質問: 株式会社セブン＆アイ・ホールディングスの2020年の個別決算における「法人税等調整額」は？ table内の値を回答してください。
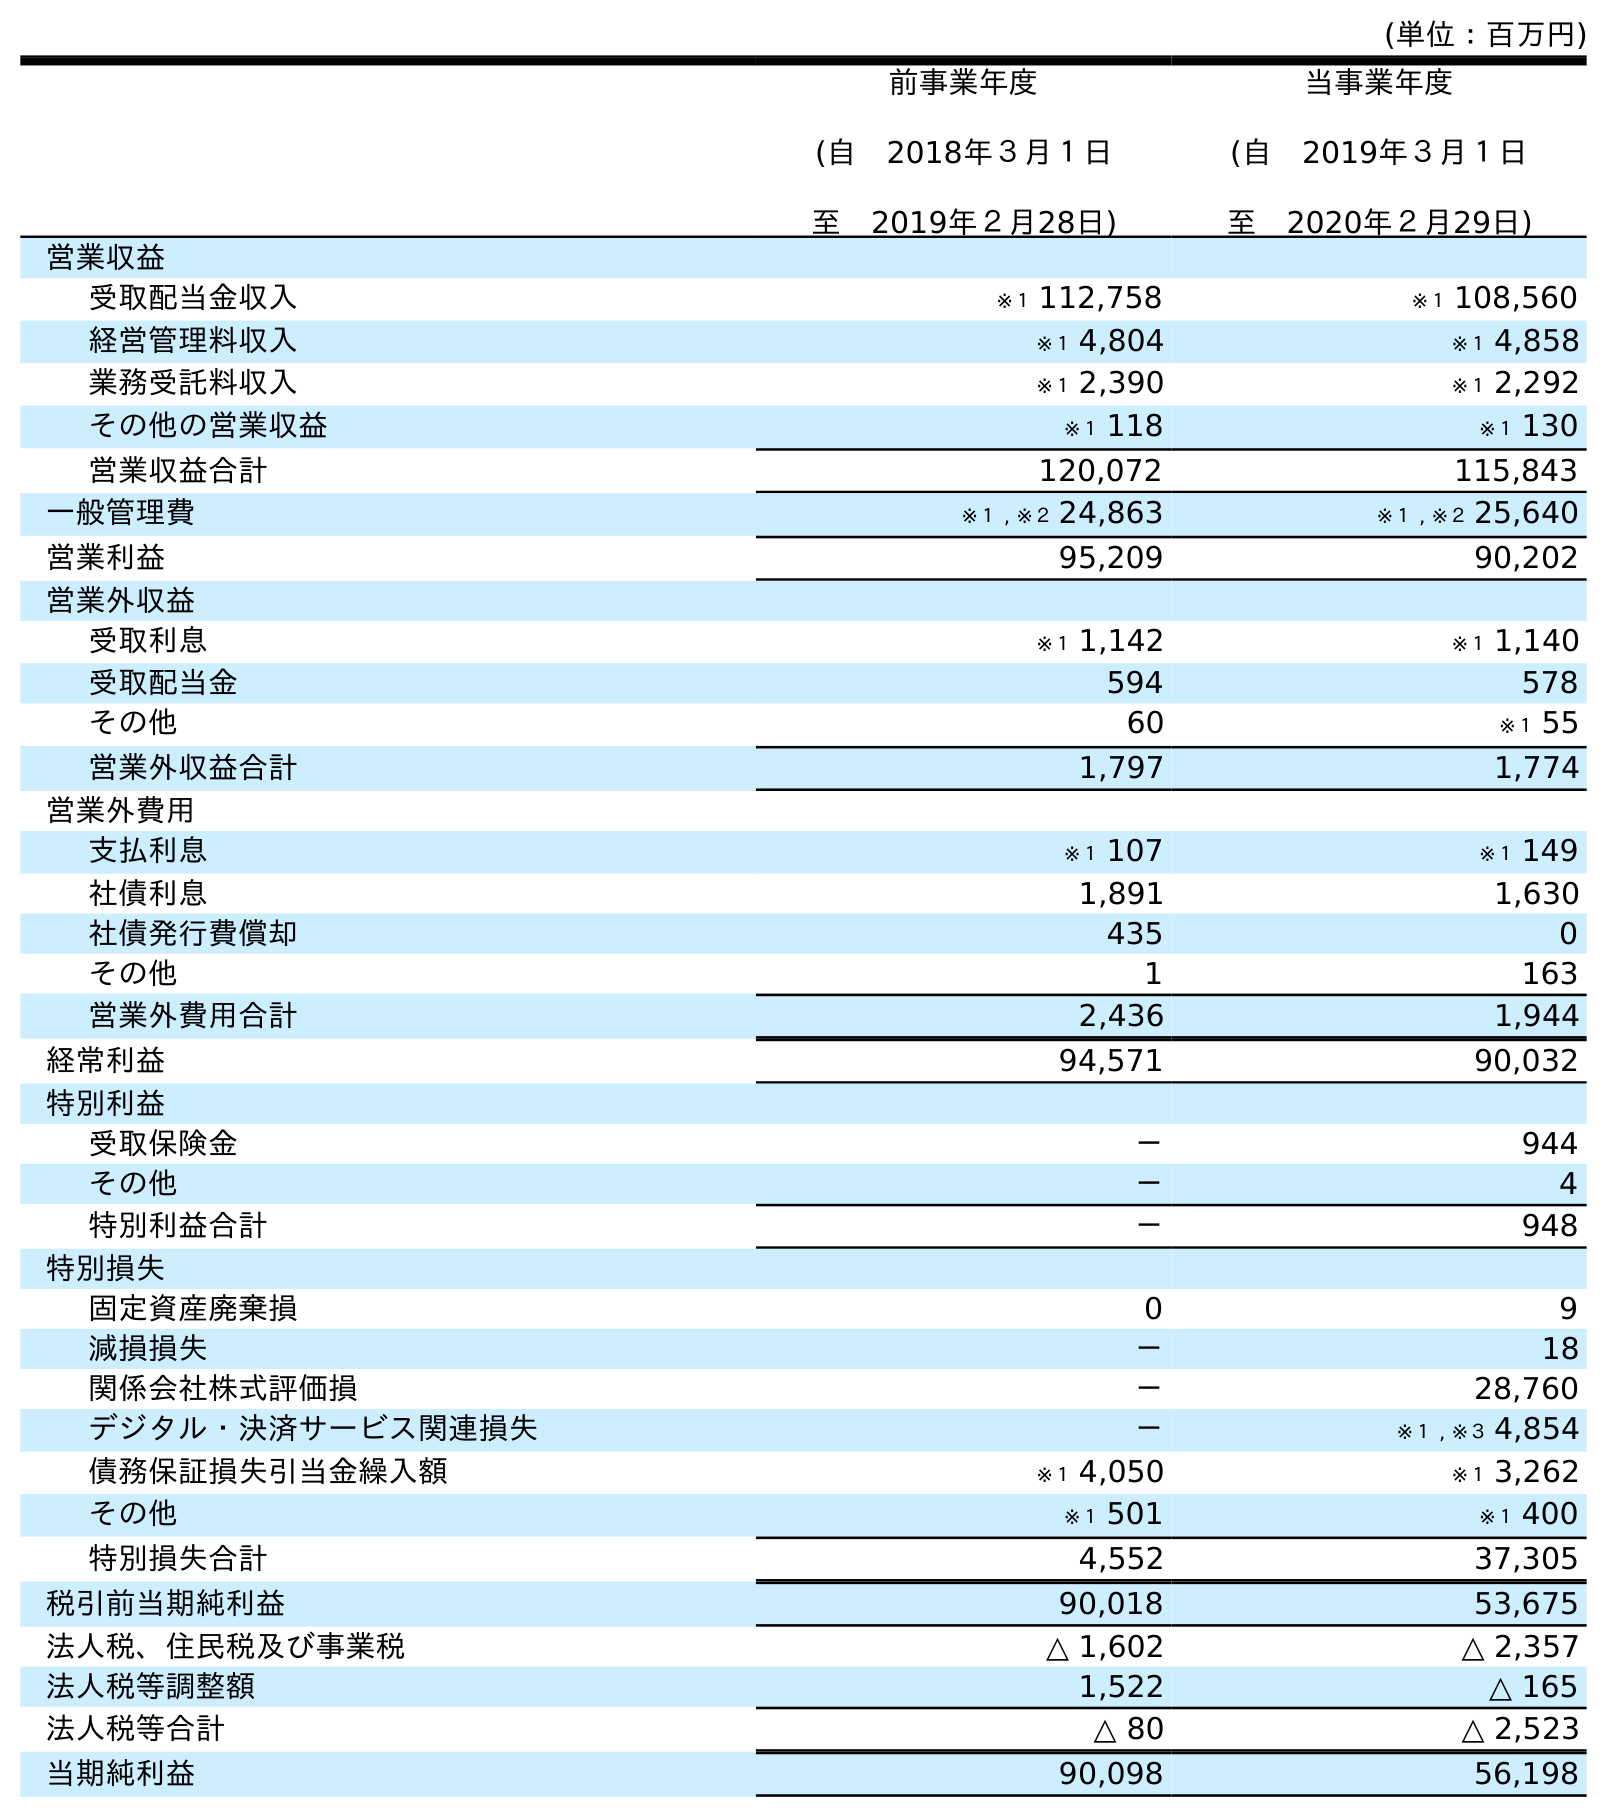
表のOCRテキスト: (単位：百万円) 前事業年度 (自 2018年３月１日 至 2019年２月28日) 当事業年度 (自 2019年３月１日 至 2020年２月29日) 営業収益 受取配当金収入 ※１ 112,758 ※１ 108,560 経営管理料収入 ※１ 4,804 ※１ 4,858 業務受託料収入 ※１ 2,390 ※１ 2,292 その他の営業収益 ※１ 118 ※１ 130 営業収益合計 120,072 115,843 一般管理費 ※１ , ※２ 24,863 ※１ , ※２ 25,640 営業利益 95,209 90,202 営業外収益 受取利息 ※１ 1,142 ※１ 1,140 受取配当金 594 578 その他 60 ※１ 55 営業外収益合計 1,797 1,774 営業外費用 支払利息 ※１ 107 ※１ 149 社債利息 1,891 1,630 社債発行費償却 435 0 その他 1 163 営業外費用合計 2,436 1,944 経常利益 94,571 90,032 特別利益 受取保険金 － 944 その他 － 4 特別利益合計 － 948 特別損失 固定資産廃棄損 0 9 減損損失 － 18 関係会社株式評価損 － 28,760 デジタル・決済サービス関連損失 － ※１ , ※３ 4,854 債務保証損失引当金繰入額 ※１ 4,050 ※１ 3,262 その他 ※１ 501 ※１ 400 特別損失合計 4,552 37,305 税引前当期純利益 90,018 53,675 法人税、住民税及び事業税 △ 1,602 △ 2,357 法人税等調整額 1,522 △ 165 法人税等合計 △ 80 △ 2,523 当期純利益 90,098 56,198
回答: △165